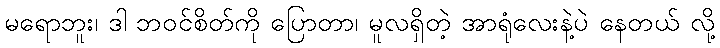
မရောဘူး၊ ဒါ ဘဝင်စိတ်ကို ပြောတာ၊ မူလရှိတဲ့ အာရုံလေးနဲ့ပဲ နေတယ် လို့